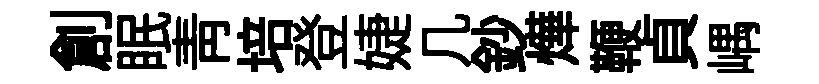
創眠靑培登婕几鈔燁鞭貞嵎